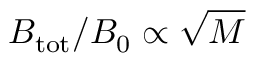
B _ { \mathrm { t o t } } / B _ { 0 } \propto \sqrt { M }